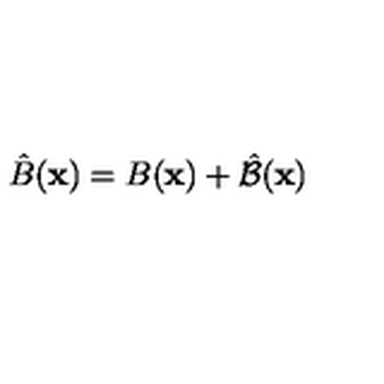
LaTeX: \hat { B } ( { \bf x } ) = B ( { \bf x } ) + \hat { \cal B } ( { \bf x } )